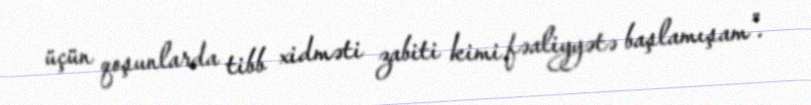
üçün qoşunlarda tibb xidməti zabiti kimi fəaliyyətə başlamışam”.